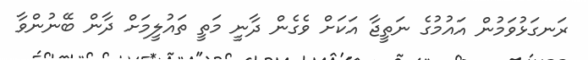
ރަނގަޅުވަމުން އައުމުގެ ނަތީޖާ އަކަށް ވެގެން ދާނީ މަތީ ތައުލީމަށް ދާން ބޭނުންވާ